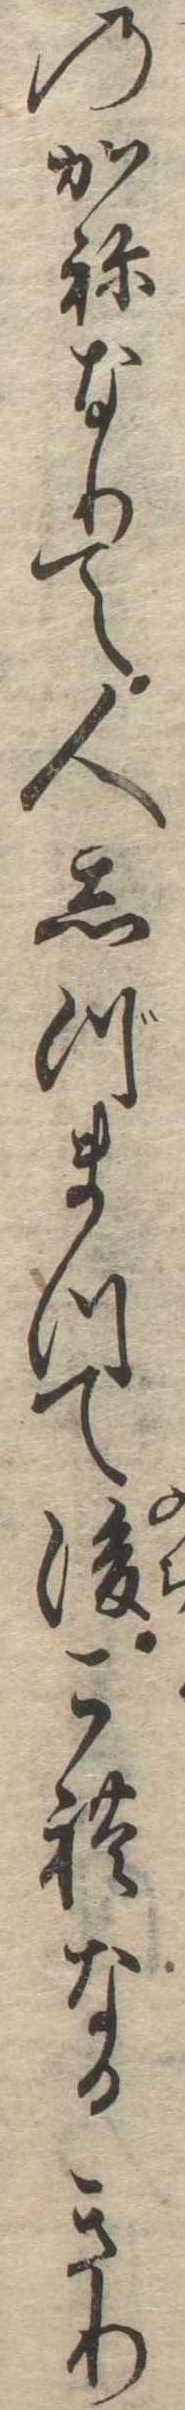
のかねなりて人しづまつて後これなるきり